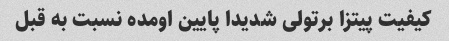
کیفیت پیتزا برتولی شدیدا پایین اومده نسبت به قبل